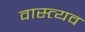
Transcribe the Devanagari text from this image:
वास्त्यव